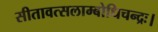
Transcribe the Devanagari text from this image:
सीतावत्सलाम्बोधिचन्द्रः।